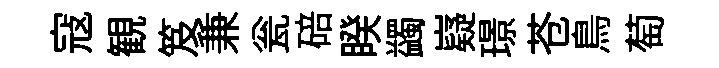
寇観笈兼瓮碚睽蠲嶷璟苍鳥萄